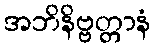
အဘိနိဗ္ဗတ္တာနံ